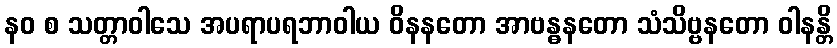
နဝ စ သတ္တာဝါသေ အပရာပရဘာဝါယ ဝိနနတော အာဗန္ဓနတော သံသိဗ္ဗနတော ဝါနန္တိ